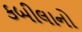
કબીલાનો